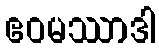
ဧဝမဿာဒါ